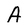
Character: A